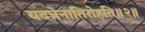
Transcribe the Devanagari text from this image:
यदन्नेनातिरोहति॥२॥